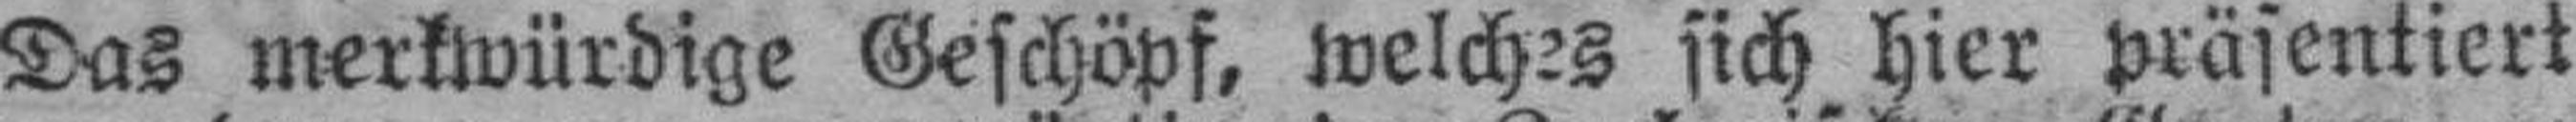
Das merkwürdige Geschöpf, welches sich hier präsentiert